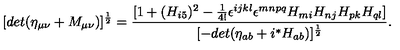
[ d e t ( \eta _ { \mu \nu } + M _ { \mu \nu } ) ] ^ { \frac { 1 } { 2 } } = \frac { [ 1 + ( H _ { i 5 } ) ^ { 2 } - \frac { 1 } { 4 ! } \epsilon ^ { i j k l } \epsilon ^ { m n p q } H _ { m i } H _ { n j } H _ { p k } H _ { q l } ] } { [ - d e t ( \eta _ { a b } + i { } ^ { * } H _ { a b } ) ] ^ { \frac { 1 } { 2 } } } .